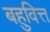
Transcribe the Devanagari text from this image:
बहुवित्त